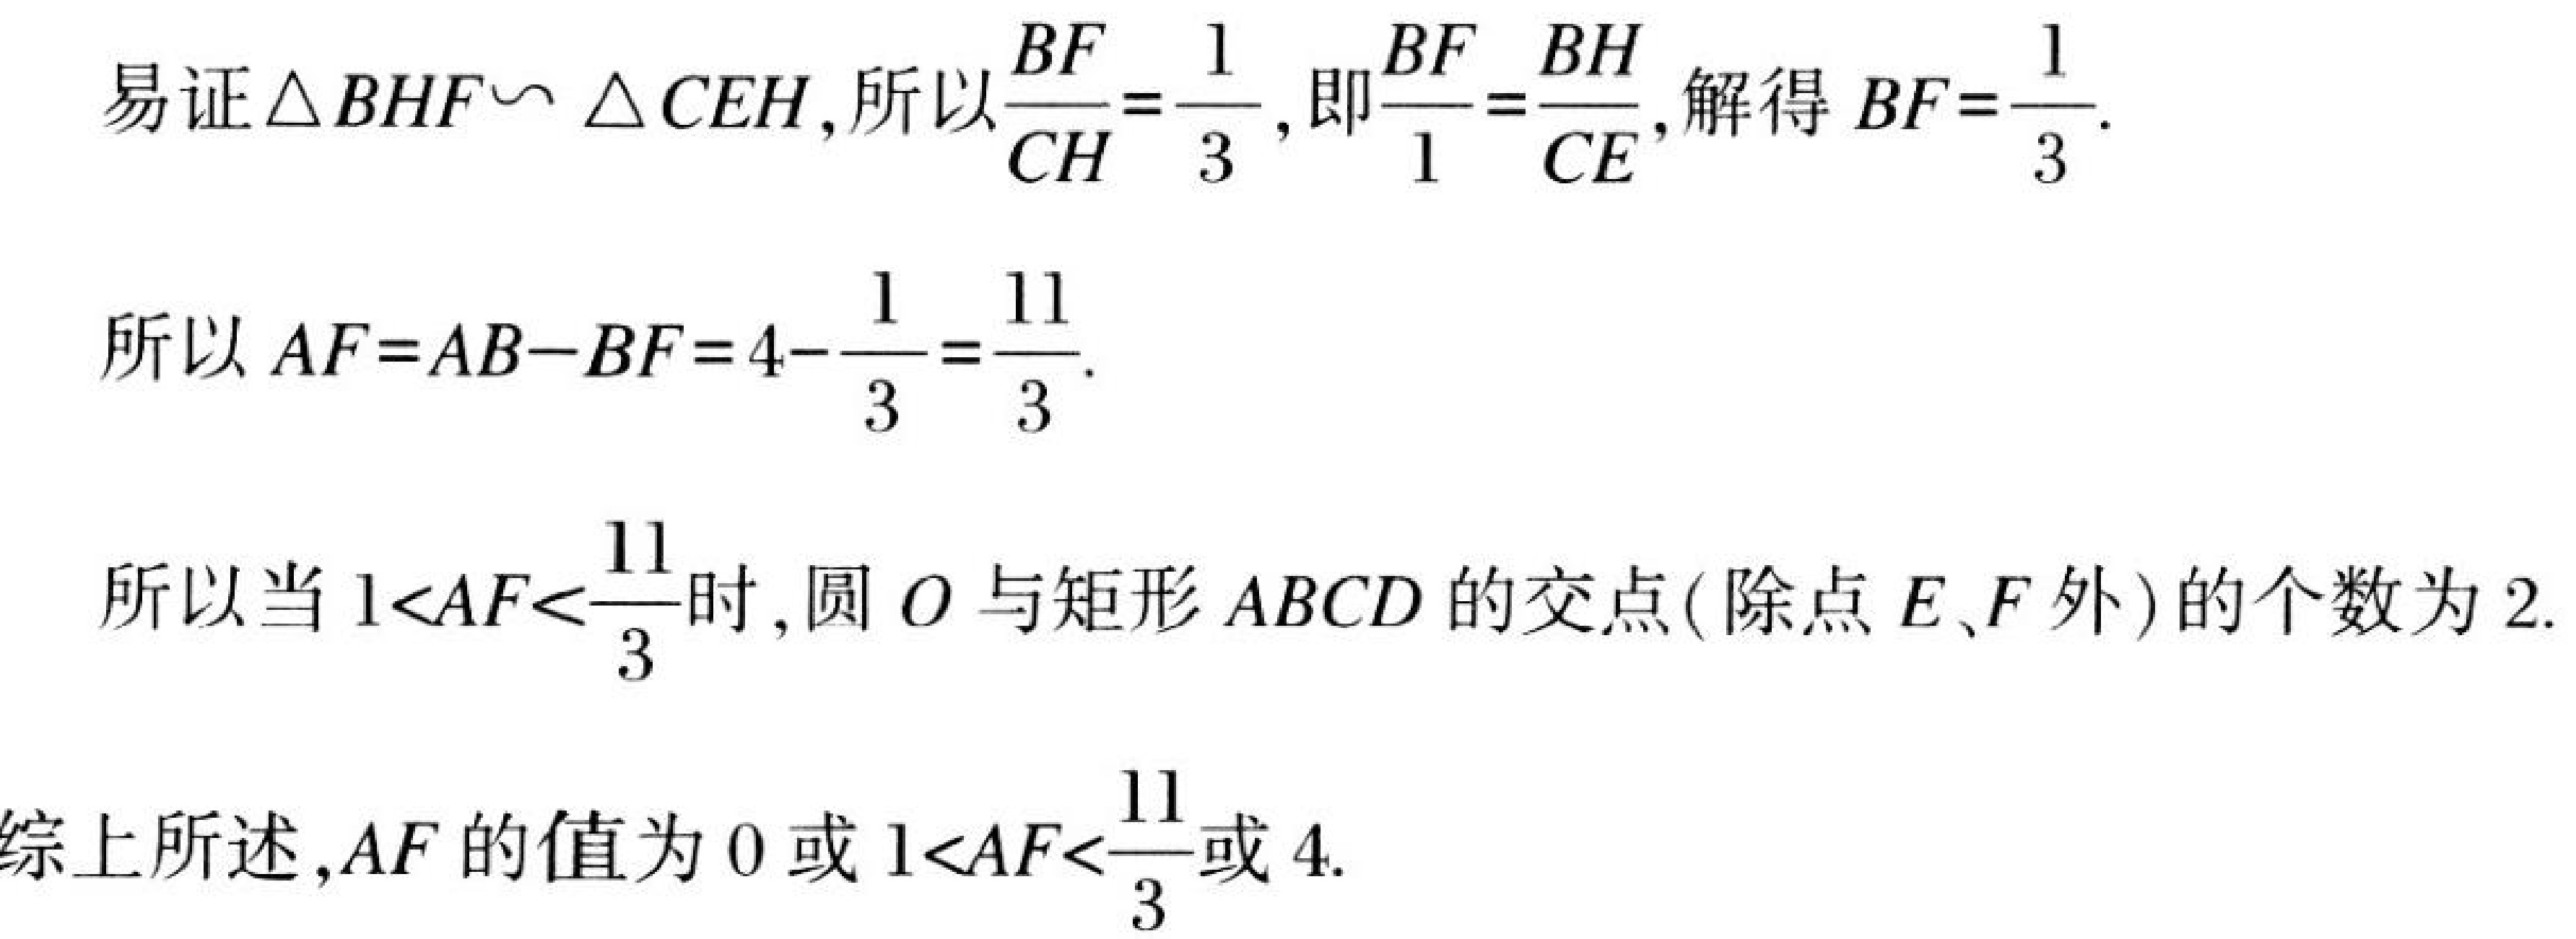
易证\(\triangle BHF\backsim \triangle CEH\),所以\(\frac{BF}{CH}=\frac{1}{3}\),即\(\frac{BF}{1}=\frac{BH}{CE}\),解得\(BF = \frac{1}{3}\).
所以\(AF = AB - BF=4 - \frac{1}{3}=\frac{11}{3}\).
所以当\(1<AF<\frac{11}{3}\)时,圆\(O\)与矩形\(ABCD\)的交点(除点\(E\)、\(F\)外)的个数为\(2\).
综上所述,\(AF\)的值为\(0\)或\(1<AF<\frac{11}{3}\)或\(4\).